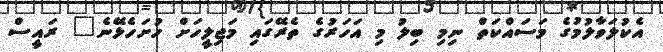
އެކުލަވާލުމުގެ މަސައްކަތް ނިމި ބިލު މި އަހަރުގެ ތެރޭގައި މަޖިލީހަށް ހުށަހެޅޭނެ" ރައީސް